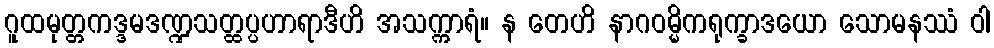
ဂူထမုတ္တကဒ္ဒမဒဏ္ဍသတ္ထပ္ပဟာရာဒီဟိ အသက္ကာရံ။ န တေဟိ နာဂဝမ္မိကရုက္ခာဒယော သောမနဿံ ဝါ